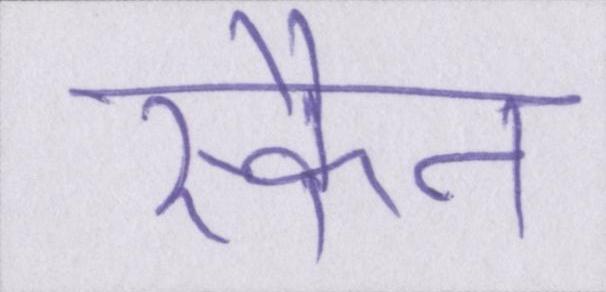
स्कैन